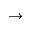
\to